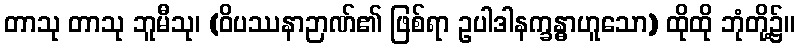
တာသု တာသု ဘူမီသု၊ (ဝိပဿနာဉာဏ်၏ ဖြစ်ရာ ဥပါဒါနက္ခန္ဓာဟူသော) ထိုထို ဘုံတို့၌။